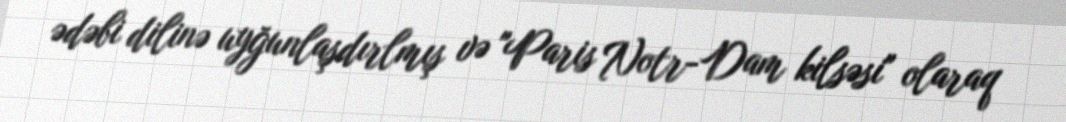
ədəbi dilinə uyğunlaşdırlmış və "Paris Notr-Dam kilsəsi" olaraq